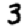
Digit: 3